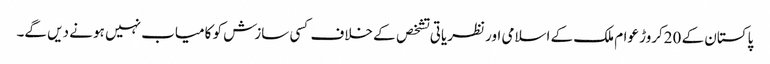
پاکستان کے 20کروڑ عوام ملک کے اسلامی اور نظریاتی تشخص کے خلاف کسی سازش کو کامیاب نہیں ہو نے دیں گے۔